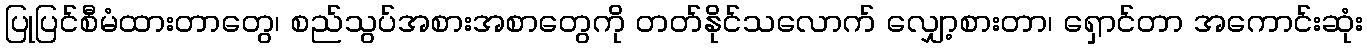
ပြုပြင်စီမံထားတာတွေ၊ စည်သွပ်အစားအစာတွေကို တတ်နိုင်သလောက် လျှော့စားတာ၊ ရှောင်တာ အကောင်းဆုံး